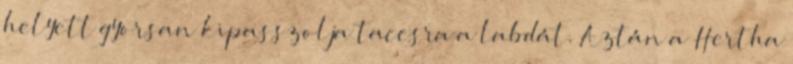
helyett gyorsan kipasszolja taccsra a labdát. Aztán a Hertha